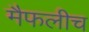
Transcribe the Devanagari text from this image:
मैफलीच